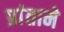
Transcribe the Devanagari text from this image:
प्रांतामे